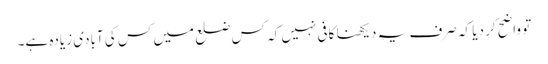
تو واضح کر دیا کہ صرف یہ دیکھنا کافی نہیں کہ کس ضلع میں کس کی آبادی زیادہ ہے۔